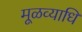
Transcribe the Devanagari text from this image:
मूळव्याधि